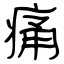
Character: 痛